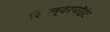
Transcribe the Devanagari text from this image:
सिल्वरपॉइंट